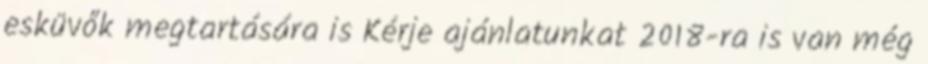
esküvők megtartására is Kérje ajánlatunkat 2018-ra is van még